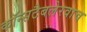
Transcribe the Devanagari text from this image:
कॉन्सटैबलेरवाच